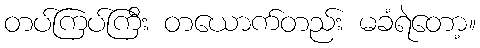
တပ်ကြပ်ကြီး တယောက်တည်း မခံရဲတော့။